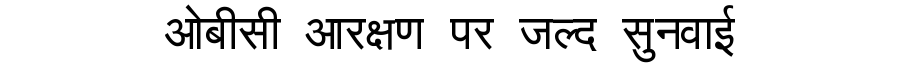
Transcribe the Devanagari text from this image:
ओबीसी आरक्षण पर जल्द सुनवाई